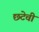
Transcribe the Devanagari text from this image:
छटेची